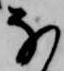
な